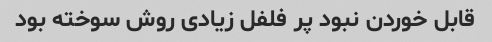
قابل خوردن نبود پر فلفل زیادی روش سوخته بود